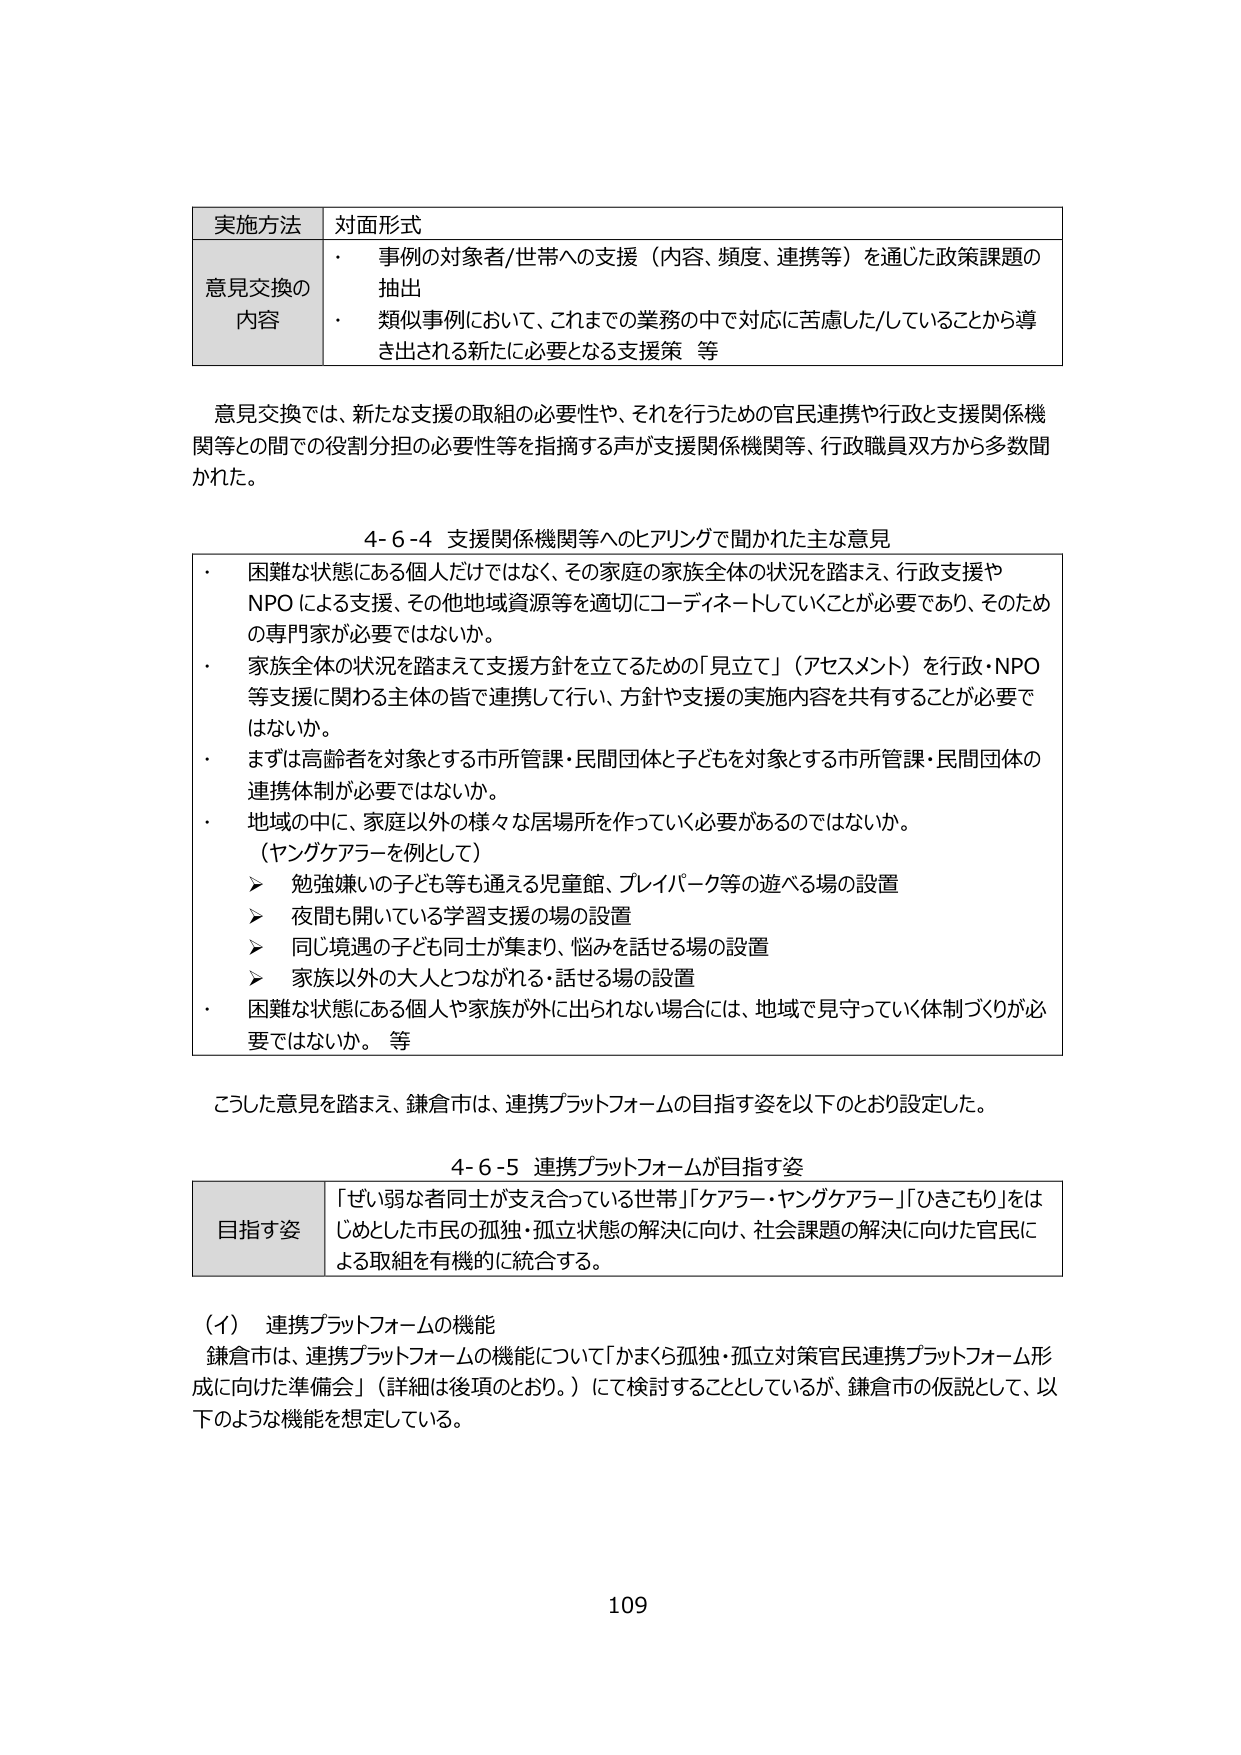
実施方法 対面形式
意見交換の
内容
・ 事例の対象者/世帯への支援（内容、頻度、連携等）を通じた政策課題の抽出
・ 類似事例において、これまでの業務の中で対応に苦慮した/していることから導き出される新たに必要となる支援策 等

意見交換では、新たな支援の取組の必要性や、それを行うための官民連携や行政と支援関係機関等との間での役割分担の必要性等を指摘する声が支援関係機関等、行政職員双方から多数聞かれた。

4-6-4 支援関係機関等へのヒアリングで聞かれた主な意見
・ 困難な状態にある個人だけではなく、その家庭の家族全体の状況を踏まえ、行政支援やNPOによる支援、その他地域資源等を適切にコーディネートしていくことが必要であり、そのための専門家が必要ではないか。
・ 家族全体の状況を踏まえて支援方針を立てるための「見立て」（アセスメント）を行政・NPO等支援に関わる主体の皆で連携して行い、方針や支援の実施内容を共有することが必要ではないか。
・ まずは高齢者を対象とする市所管課・民間団体と子どもを対象とする市所管課・民間団体の連携体制が必要ではないか。
・ 地域の中に、家庭以外の様々な居場所を作っていく必要があるのではないか。
　（ヤングケアラーを例として）
　　➤ 勉強嫌いの子ども等も通える児童館、プレイパーク等の遊べる場の設置
　　➤ 夜間も開いている学習支援の場の設置
　　➤ 同じ境遇の子ども同士が集まり、悩みを話せる場の設置
　　➤ 家族以外の大人とつながれる・話せる場の設置
・ 困難な状態にある個人や家族が外に出られない場合には、地域で見守っていく体制づくりが必要ではないか。 等

こうした意見を踏まえ、鎌倉市は、連携プラットフォームの目指す姿を以下のとおり設定した。

4-6-5 連携プラットフォームが目指す姿
目指す姿 「ぜい弱な者同士が支え合っている世帯」「ケアラー・ヤングケアラー」「ひきこもり」をはじめとした市民の孤独・孤立状態の解決に向け、社会課題の解決に向けた官民による取組を有機的に統合する。

（イ） 連携プラットフォームの機能
鎌倉市は、連携プラットフォームの機能について「かまくら孤独・孤立対策官民連携プラットフォーム形成に向けた準備会」（詳細は後項のとおり。）にて検討することとしているが、鎌倉市の仮説として、以下のような機能を想定している。

109